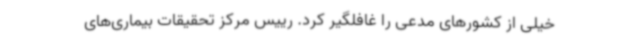
خیلی از کشورهای مدعی را غافلگیر کرد. رییس مرکز تحقیقات بیماری‌های